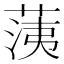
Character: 𦳂